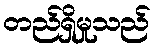
တည်ရှိမှုသည်